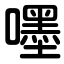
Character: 嚜